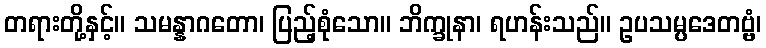
တရားတို့နှင့်။ သမန္နာဂတော၊ ပြည့်စုံသော။ ဘိက္ခုနာ၊ ရဟန်းသည်။ ဥပသမ္ပဒေတဗ္ဗံ၊